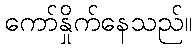
ကော်နှိုက်နေသည်။